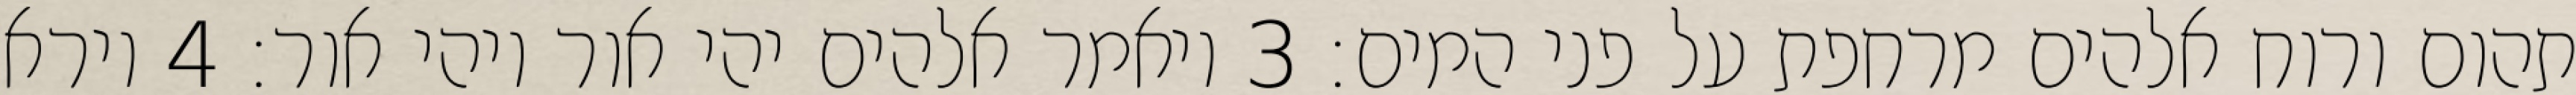
תהום ורוח אלהים מרחפת על פני המים׃ ‎3‏ ויאמר אלהים יהי אור ויהי אור׃ ‎4‏ וירא